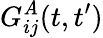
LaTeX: G_{ij}^{\mathit{A}}(t,t^{\prime})